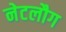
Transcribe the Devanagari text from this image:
नेटलौग